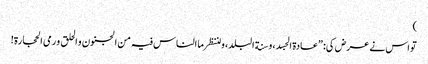
)
تو اس نے عرض کی: ”عادة الجسد، و سنة البلد، و لننظر ما الناس فیہ من الجنون و الحلق و رمی الحجارة!